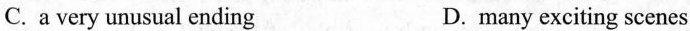
C. a very unusual ending D. many exciting scenes